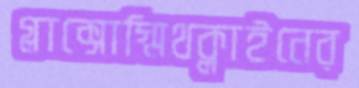
গ্লাক্সোস্মিথক্লাইনের